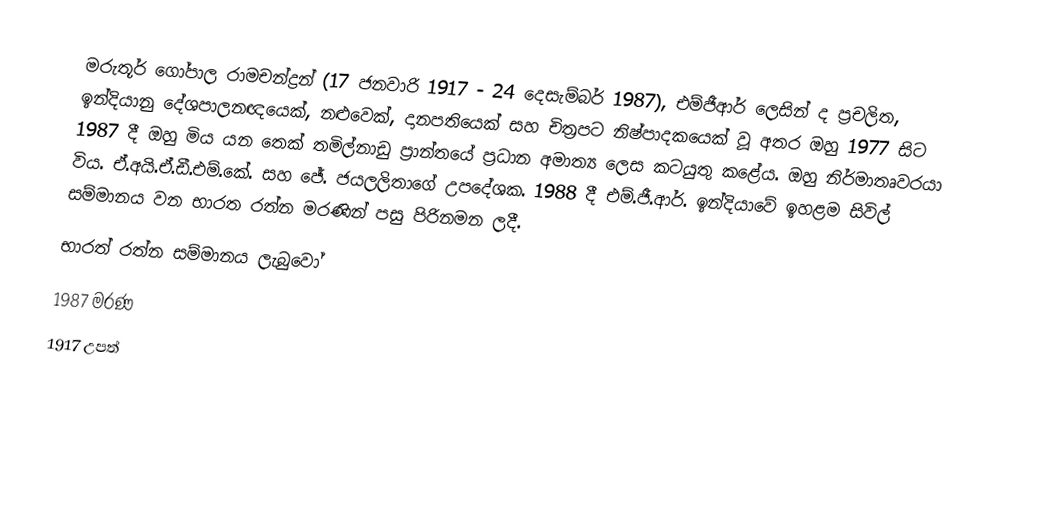
මරුතූර් ගෝපාල රාමචන්ද්‍රන් (17 ජනවාරි 1917 - 24 දෙසැම්බර් 1987), එම්ජීආර් ලෙසින් ද ප්‍රචලිත, ඉන්දියානු දේශපාලනඥයෙක්, නළුවෙක්, දානපතියෙක් සහ චිත්‍රපට නිෂ්පාදකයෙක් වූ අතර ඔහු 1977 සිට 1987 දී ඔහු මිය යන තෙක් තමිල්නාඩු ප්‍රාන්තයේ ප්‍රධාන අමාත්‍ය ලෙස කටයුතු කළේය. ඔහු නිර්මාතෘවරයා විය. ඒ.අයි.ඒ.ඩී.එම්.කේ. සහ ජේ. ජයලලිතාගේ උපදේශක. 1988 දී එම්.ජී.ආර්. ඉන්දියාවේ ඉහළම සිවිල් සම්මානය වන භාරත රත්න මරණින් පසු පිරිනමන ලදී.
භාරත් රත්න සම්මානය ලැබුවෝ
1987 මරණ
1917 උපත්